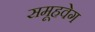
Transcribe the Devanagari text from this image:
समूहवेग